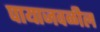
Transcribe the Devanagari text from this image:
पायाजवळील